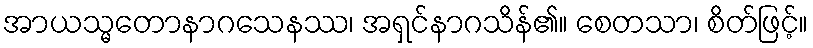
အာယသ္မတောနာဂသေနဿ၊ အရှင်နာဂသိန်၏။ စေတသာ၊ စိတ်ဖြင့်။